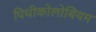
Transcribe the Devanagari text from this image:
पिथीकोलोबियम